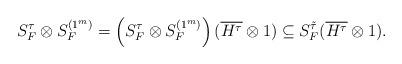
LaTeX: \begin{align*} S^\tau_F \otimes S^{(1^m)}_F = \left(S^\tau_F \otimes S^{(1^m)}_F\right)(\overline{H^\tau}\otimes 1) \subseteq S^{\tilde{\tau}}_F(\overline{H^\tau}\otimes 1). \end{align*}